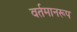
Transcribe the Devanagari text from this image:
वर्तमानरूप